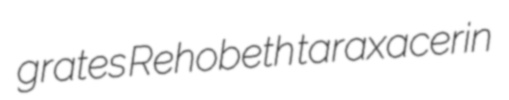
grates Rehobeth taraxacerin